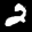
Label: 2